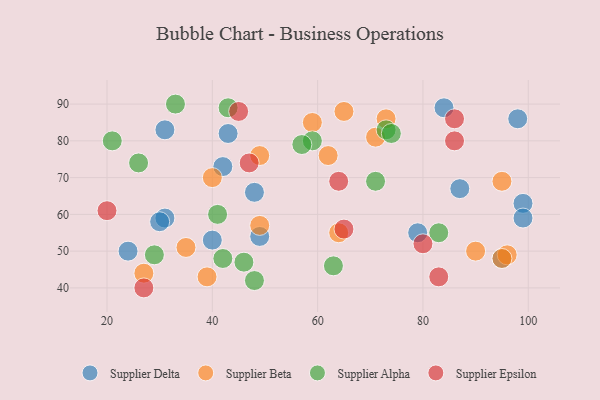
{"axis": {"x": "GDP", "y": "Life Expectancy"}, "legend": ["Supplier Alpha", "Supplier Beta", "Supplier Delta", "Supplier Epsilon"], "data": [{"x": "84", "y": 89, "type": "Supplier Delta"}, {"x": "43", "y": 82, "type": "Supplier Delta"}, {"x": "31", "y": 59, "type": "Supplier Delta"}, {"x": "99", "y": 63, "type": "Supplier Delta"}, {"x": "40", "y": 53, "type": "Supplier Delta"}, {"x": "79", "y": 55, "type": "Supplier Delta"}, {"x": "31", "y": 83, "type": "Supplier Delta"}, {"x": "42", "y": 73, "type": "Supplier Delta"}, {"x": "49", "y": 54, "type": "Supplier Delta"}, {"x": "30", "y": 58, "type": "Supplier Delta"}, {"x": "95", "y": 48, "type": "Supplier Delta"}, {"x": "87", "y": 67, "type": "Supplier Delta"}, {"x": "24", "y": 50, "type": "Supplier Delta"}, {"x": "99", "y": 59, "type": "Supplier Delta"}, {"x": "48", "y": 66, "type": "Supplier Delta"}, {"x": "98", "y": 86, "type": "Supplier Delta"}, {"x": "95", "y": 69, "type": "Supplier Beta"}, {"x": "96", "y": 49, "type": "Supplier Beta"}, {"x": "95", "y": 48, "type": "Supplier Beta"}, {"x": "39", "y": 43, "type": "Supplier Beta"}, {"x": "71", "y": 81, "type": "Supplier Beta"}, {"x": "27", "y": 44, "type": "Supplier Beta"}, {"x": "64", "y": 55, "type": "Supplier Beta"}, {"x": "73", "y": 86, "type": "Supplier Beta"}, {"x": "40", "y": 70, "type": "Supplier Beta"}, {"x": "90", "y": 50, "type": "Supplier Beta"}, {"x": "49", "y": 76, "type": "Supplier Beta"}, {"x": "59", "y": 85, "type": "Supplier Beta"}, {"x": "35", "y": 51, "type": "Supplier Beta"}, {"x": "49", "y": 57, "type": "Supplier Beta"}, {"x": "65", "y": 88, "type": "Supplier Beta"}, {"x": "62", "y": 76, "type": "Supplier Beta"}, {"x": "83", "y": 55, "type": "Supplier Alpha"}, {"x": "42", "y": 48, "type": "Supplier Alpha"}, {"x": "41", "y": 60, "type": "Supplier Alpha"}, {"x": "29", "y": 49, "type": "Supplier Alpha"}, {"x": "63", "y": 46, "type": "Supplier Alpha"}, {"x": "71", "y": 69, "type": "Supplier Alpha"}, {"x": "48", "y": 42, "type": "Supplier Alpha"}, {"x": "73", "y": 83, "type": "Supplier Alpha"}, {"x": "33", "y": 90, "type": "Supplier Alpha"}, {"x": "26", "y": 74, "type": "Supplier Alpha"}, {"x": "59", "y": 80, "type": "Supplier Alpha"}, {"x": "43", "y": 89, "type": "Supplier Alpha"}, {"x": "74", "y": 82, "type": "Supplier Alpha"}, {"x": "21", "y": 80, "type": "Supplier Alpha"}, {"x": "57", "y": 79, "type": "Supplier Alpha"}, {"x": "46", "y": 47, "type": "Supplier Alpha"}, {"x": "20", "y": 61, "type": "Supplier Epsilon"}, {"x": "86", "y": 80, "type": "Supplier Epsilon"}, {"x": "83", "y": 43, "type": "Supplier Epsilon"}, {"x": "86", "y": 86, "type": "Supplier Epsilon"}, {"x": "65", "y": 56, "type": "Supplier Epsilon"}, {"x": "27", "y": 40, "type": "Supplier Epsilon"}, {"x": "47", "y": 74, "type": "Supplier Epsilon"}, {"x": "80", "y": 52, "type": "Supplier Epsilon"}, {"x": "45", "y": 88, "type": "Supplier Epsilon"}, {"x": "64", "y": 69, "type": "Supplier Epsilon"}]}